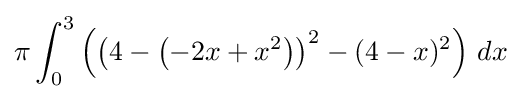
\pi \int _{0}^{3}\left(\left(4-\left(-2x+x^{2}\right)\right)^{2}-(4-x)^{2}\right)\,dx